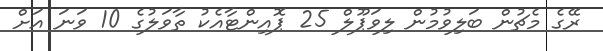
ރޭގެ މެޗުން ބަލިވުމުން ލިވަޕޫލް 25 ޕޮއިންޓާއެކު ތާވަލުގެ 10 ވަނަ އަށް